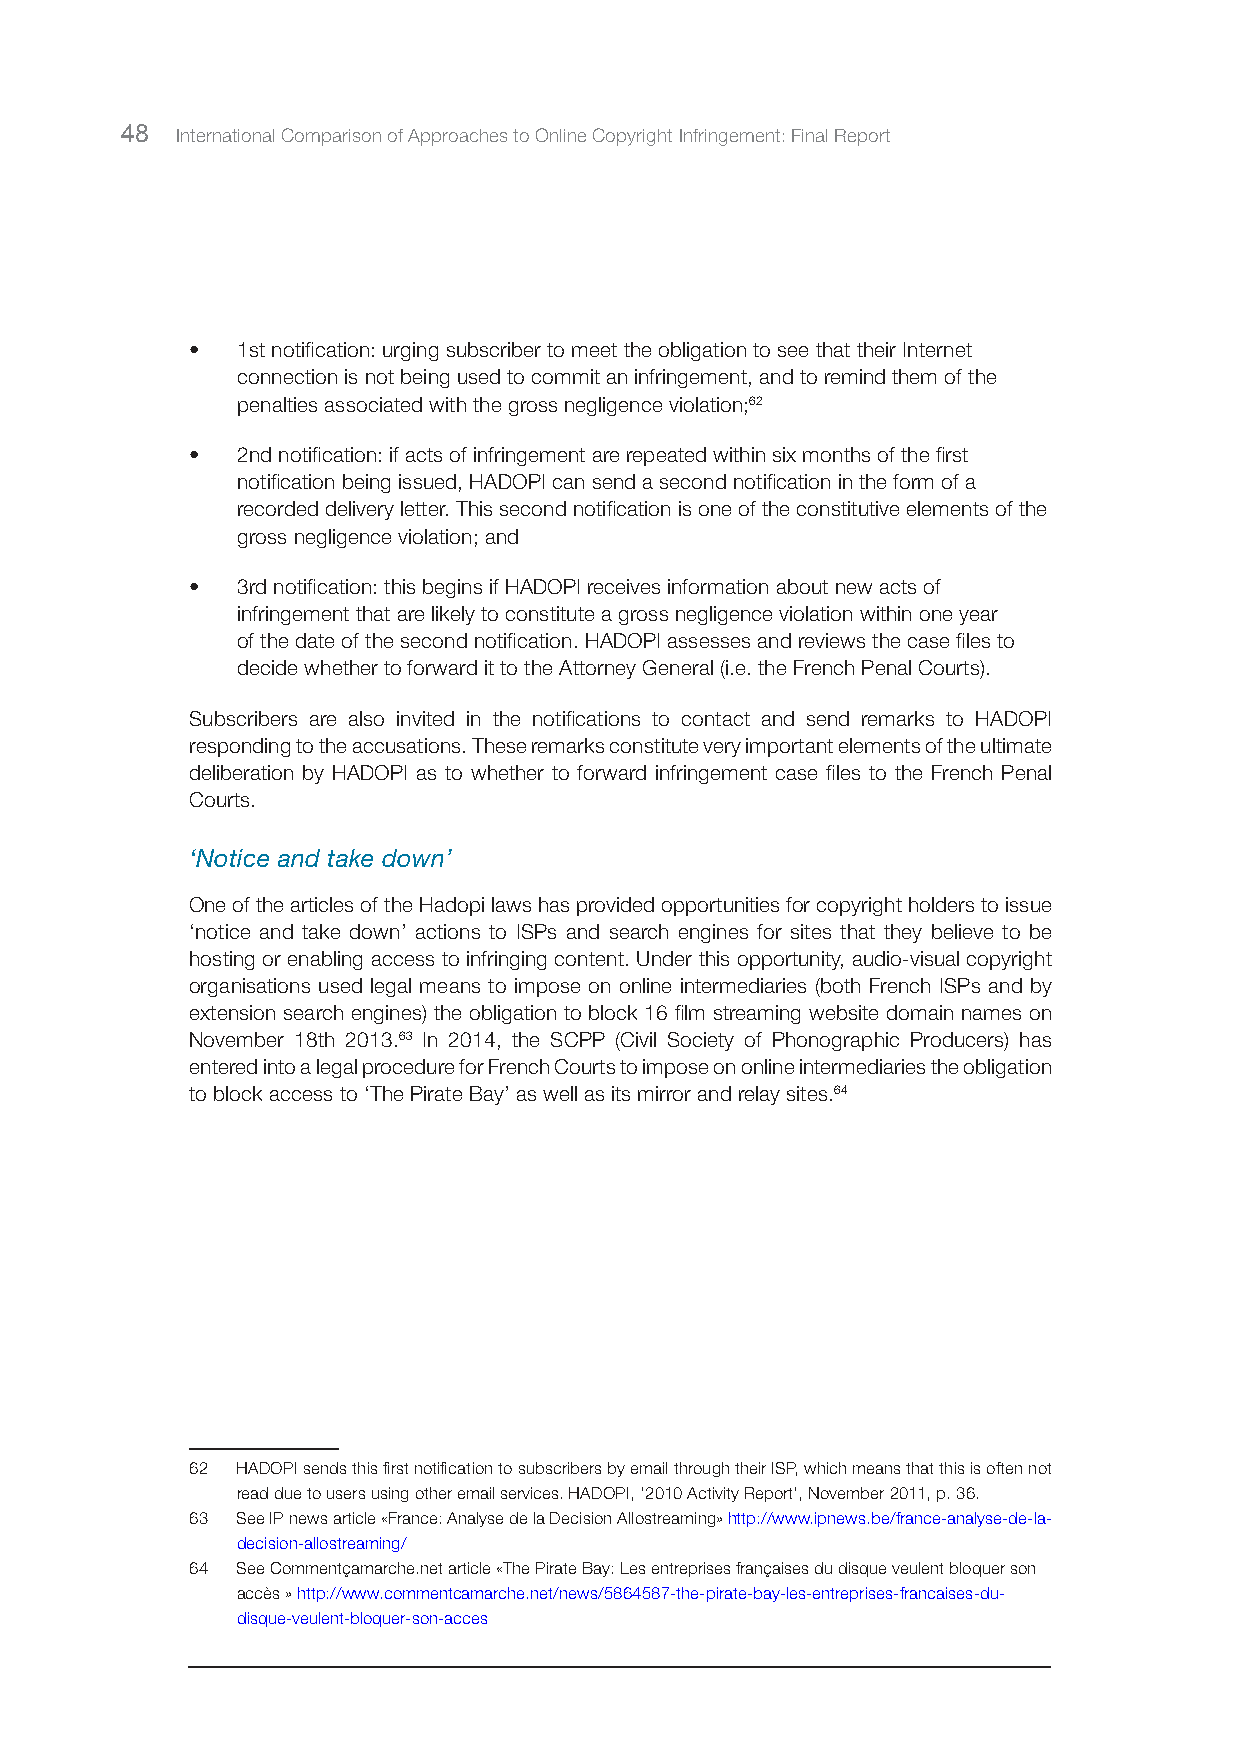
48  International Comparison of Approaches to Online Copyright Infringement: Final Report
 •  1st notification: urging subscriber to meet the obligation to see that their Internet
 connection is not being used to commit an infringement, and to remind them of the
 penalties associated with the gross negligence violation;62
 •  2nd notification: if acts of infringement are repeated within six months of the first
 notification being issued, HADOPI can send a second notification in the form of a
 recorded delivery letter. This second notification is one of the constitutive elements of the
 gross negligence violation; and
 •  3rd notification: this begins if HADOPI receives information about new acts of
 infringement that are likely to constitute a gross negligence violation within one year
 of the date of the second notification. HADOPI assesses and reviews the case files to
 decide whether to forward it to the Attorney General (i.e. the French Penal Courts).
 Subscribers are also invited in the notifications to contact and send remarks to HADOPI
 responding to the accusations. These remarks constitute very important elements of the ultimate
 deliberation by HADOPI as to whether to forward infringement case files to the French Penal
 Courts.
 ‘Notice and take down’
 One of the articles of the Hadopi laws has provided opportunities for copyright holders to issue
 ‘notice and take down’ actions to ISPs and search engines for sites that they believe to be
 hosting or enabling access to infringing content. Under this opportunity, audio-visual copyright
 organisations used legal means to impose on online intermediaries (both French ISPs and by
 extension search engines) the obligation to block 16 film streaming website domain names on
 November 18th 2013.63 In 2014, the SCPP (Civil Society of Phonographic Producers) has
 entered into a legal procedure for French Courts to impose on online intermediaries the obligation
 to block access to ‘The Pirate Bay’ as well as its mirror and relay sites.64
 62 HADOPI sends this first notification to subscribers by email through their ISP, which means that this is often not
 read due to users using other email services. HADOPI, ‘2010 Activity Report’, November 2011, p. 36.
 63 See IP news article «France: Analyse de la Decision Allostreaming» http://www.ipnews.be/france-analyse-de-la-
 decision-allostreaming/
 64 See Commentçamarche.net article «The Pirate Bay: Les entreprises françaises du disque veulent bloquer son
 accès » http://www.commentcamarche.net/news/5864587-the-pirate-bay-les-entreprises-francaises-du-
 disque-veulent-bloquer-son-acces